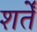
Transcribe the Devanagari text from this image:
शर्तेँ